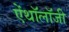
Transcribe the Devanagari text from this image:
ऐंथॉलॉजी